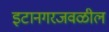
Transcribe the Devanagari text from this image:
इटानगरजवळील